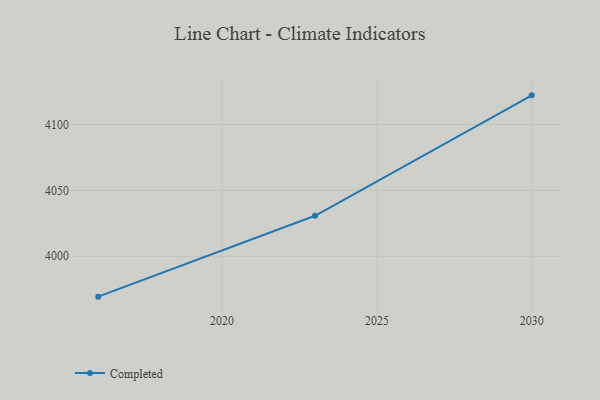
{"axis": {"x": "Year", "y": "Operating Costs (USD K)"}, "legend": ["Completed"], "data": [{"x": "2030", "y": 4122.1, "type": "Completed"}, {"x": "2023", "y": 4030.7, "type": "Completed"}, {"x": "2016", "y": 3969.3, "type": "Completed"}]}